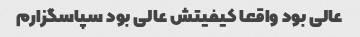
عالی بود واقعا کیفیتش عالی بود سپاسگزارم